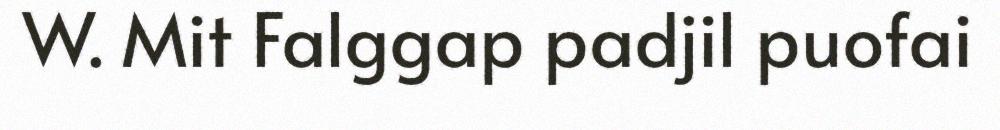
W. Mit Falggap padjil puofai